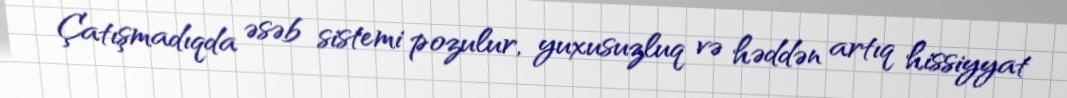
Çatışmadıqda əsəb sistemi pozulur, yuxusuzluq və həddən artıq hissiyyat